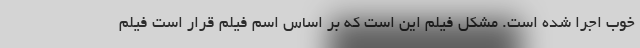
خوب اجرا شده است. مشکل فیلم این است که بر اساس اسم فیلم قرار است فیلم